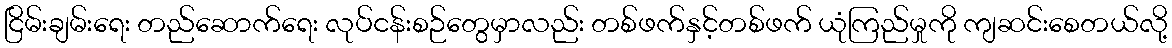
ငြိမ်းချမ်းရေး တည်ဆောက်ရေး လုပ်ငန်းစဉ်တွေမှာလည်း တစ်ဖက်နှင့်တစ်ဖက် ယုံကြည်မှုကို ကျဆင်းစေတယ်လို့